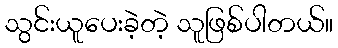
သွင်းယူပေးခဲ့တဲ့ သူဖြစ်ပါတယ်။